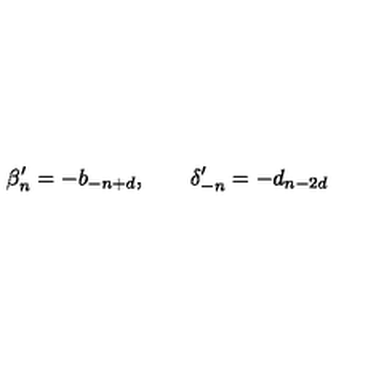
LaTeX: \beta _ { n } ^ { \prime } = - b _ { - n + d } , \qquad \delta _ { - n } ^ { \prime } = - d _ { n - 2 d }